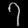
Digit: ၇